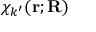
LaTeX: \chi _ { k ^ { \prime } } ( \mathbf { r } ; \mathbf { R } )